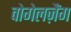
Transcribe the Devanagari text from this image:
वोगेलज़ैंग